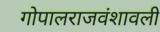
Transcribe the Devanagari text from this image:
गोपालराजवंशावली